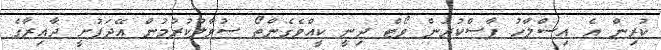
ކުރިން އެ އިސްލާހު ފާސްކުރަން ވޯޓް ދިނީ ކީއްވެގެންތޯ ސުވާލުކުރުމުން އޭދަފުށީ ދާއިރާގެ